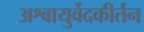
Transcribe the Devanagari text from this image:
अश्वायुर्वेदकीर्तन